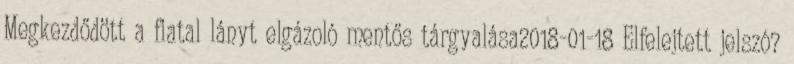
Megkezdődött a fiatal lányt elgázoló mentős tárgyalása2018-01-18 Elfelejtett jelszó?